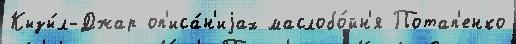
Кызы́л-Джар оп'иса́н'иjах маслобо́йн'я Потап'енко